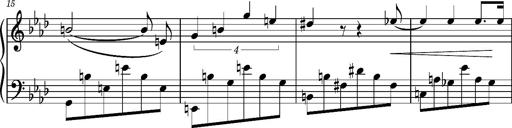
Title: Album-Leaf 'Freudvoll und leidvoll', S.166n
Composer: Franz Liszt
Key: A-flat major